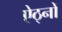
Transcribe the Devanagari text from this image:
ऐठ्नों